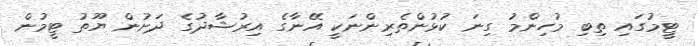
ޓީމުގައި ތިބި މުހިންމު ގިނަ ކުޅުންތެރިންނަކީ އޭނާގެ އިރުޝާދުގެ ދަށުން ޔޫތު ޓީމުން